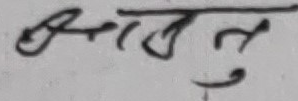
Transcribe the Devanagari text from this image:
अर्जुन